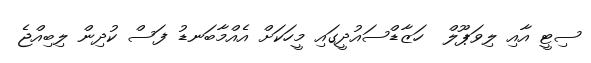
ސިޓީ އާއި ލިވަޕޫލް  ހަޒާޑްސައުދީގައި މީހަކަށް އެއްމާބަނޑު ފަސް ކުދިން ލިބިއްޖެ